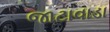
જાટાવાડા